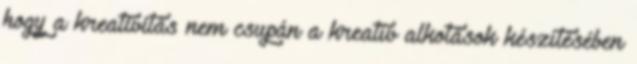
hogy a kreativitás nem csupán a kreatív alkotások készítésében